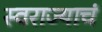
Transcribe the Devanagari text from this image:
स्वराज्याचं